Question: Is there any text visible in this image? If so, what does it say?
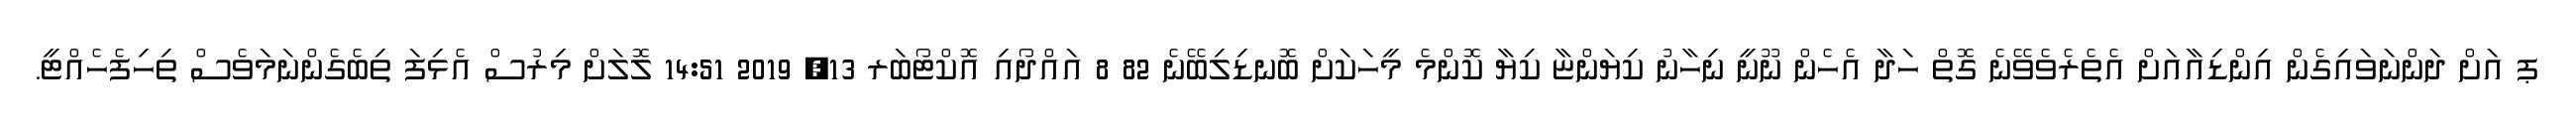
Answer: ޕ އަށް ދަންނަވައިގެން އިންޑިއާއަށް އެތެރެވެވޭނެ ގޮތް ހަދާ އެހެން ނޫނީ ނިހާނު ކިޔަންޏާ ކިޔާ ކޮންމެ މީހަކަށް ބޮނޑިލިބޭނެ 82 8 އައްދޯއި އޮކްޓޯބަރ 13, 2019 14:51 ލޮލަށް މިރުސް އެޅިފަ ތިބެގެންނަމަވެސް ތިހިފެހެއްޓީ.